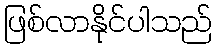
ဖြစ်လာနိုင်ပါသည်